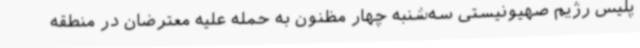
پلیس رژیم صهیونیستی سه‌شنبه چهار مظنون به حمله علیه معترضان در منطقه